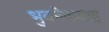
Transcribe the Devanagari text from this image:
भुवनेकबाहु